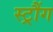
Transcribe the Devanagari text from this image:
स्ट्रौंग